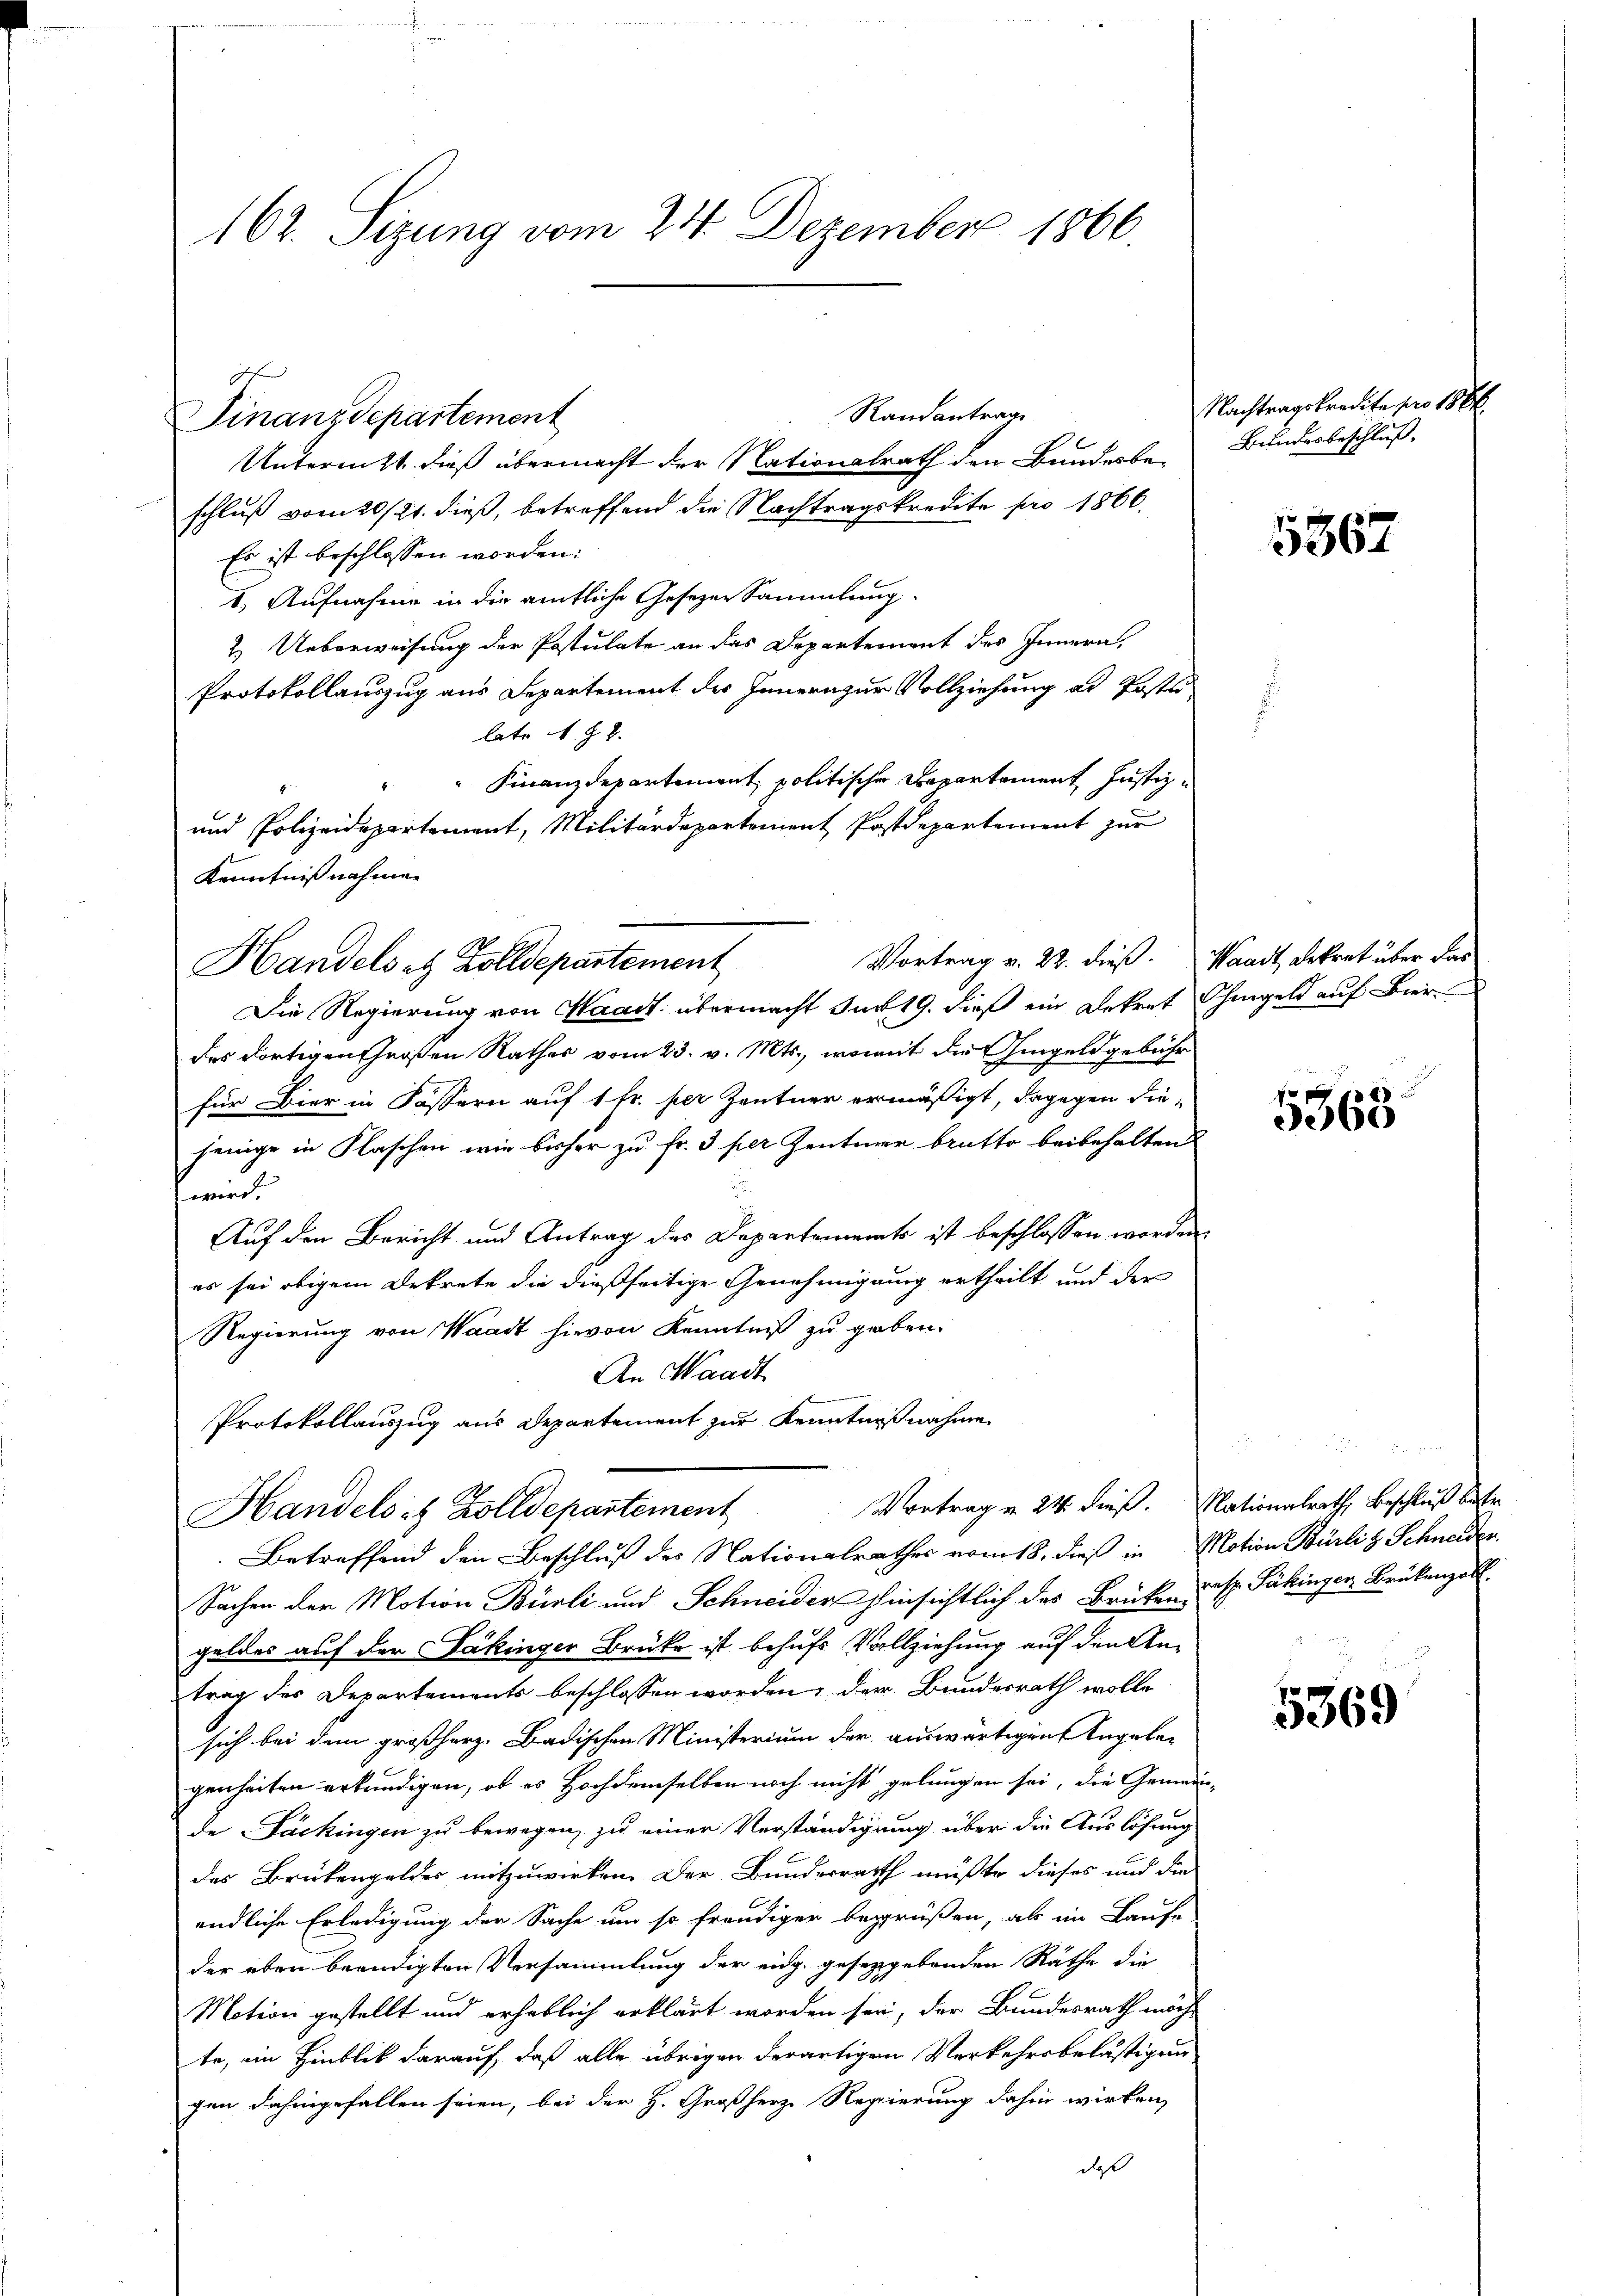
162. Sitzung vom 24. Dezember 1866.

Finanzdepartement

und Polizeidepartement, Militärdepartement Postdepartement zur
Kenntnißnahmen
Handels et Zolldepartement

Randantrage

Unterenzt dieß übermacht der Nationalrath den Bundesbe-
schluß vom 20/21. dieß, betreffend die Nachtragskredite pro 1866.
Es ist beschlossen worden:
1.) Aufnahme in die amtliche Gesezen Sammlung
2. Ueberweisung der Postulate an das Departement des Innern,
Protokollauszug aus Departement des Innern zur Vollziehung ad Poste
late v. J. J.
Finanzdepartement politische Departement Justiz¬
Die Regierung von Waadt übermacht sun 19. dieß ein Dekret Ohmgeld auf Bier
des dortigen Großen Rathes vom 23. v. Mts., womit die Eingeldgebühr
für Bier in Fassern auf 1 Fr. per Zentner ermäßigt, dagegen diejenige in Flaschen wie bisher zu Fr. 3 per Zentner brutto beibehalten
wird.
Auf den Bericht und Antrag des Departements ist beschlossen worden,
es sei obigem Dekrete die dießseitige Genehmigung ertheilt und der
Regierung von Waadt hievon Kenntniß zu geben.
An Waadt
Protokollauszug aus Departement zur Kenntnißnahme.
Vortrag v. 24. dieß. Nationalrath, Beschluß bestr
Handels es Zolldepartement
Betreffend den Beschluß des Nationalrathes vom 18. dieß in Notion Bürli & Schneider.
Sachen der Motion Bürli und Schneider hinsichtlich des Brücken resp. Säkingen Brükenzoll.
geldes auf der Säkinger Brüke ist behufs Vollziehung auf den Antrag des Departements beschlossen worden, der Bundesrath wolle
sich bei dem großherz. Badischen Ministerium der auswärtigen Angelegenheiten erkundigen, ob es Hochdemselben noch nicht gelungen sei, die Gemein-
de Sackingen zu bewegen, zu einer Verständigung über die Auslösung
des Brükengeldes mitzuwirken. Der Bundesrath müßte dieses und die
endliche Erledigung der Sache um so freudiger begrüßen, als im Laufe
der eben beendigten Versammlung der eidg. geseggebenden Räthe die
Motion gestellt und erheblich erklärt worden sei, der Bundesrath möchte, im Hinblik darauf, daß alle übrigen derartigen Verkehrsbelästigung
gen dahingefallen seien, bei der H. Großherz Regierung dahin wirken,
daß

Vortrag v. 22. dieß. Waadt Dekret über das

Nachtragskredite pro 1886
Bundesbeschluß.

5367

u
5368

5369

r